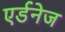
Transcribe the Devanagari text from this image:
एर्डनेज